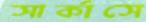
সার্কাসে